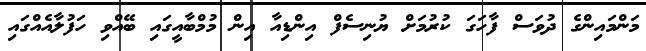
މަންމައިންގެ ދުވަސް ފާހަގަ ކުރުމަށް ޔުނިސެފް އިންޑިއާ އިން މުމްބާއީގައި ބޭއްވި ހަފުލާއެއްގައި